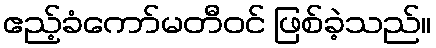
ဧည့်ခံကော်မတီဝင် ဖြစ်ခဲ့သည်။